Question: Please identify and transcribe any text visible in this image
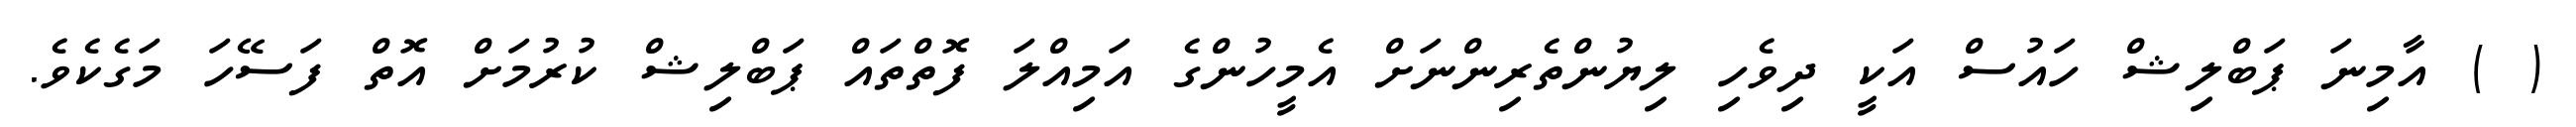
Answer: ( ) އާމިނަ ޕަބްލިޝް ހައުސް އަކީ ދިވެހި ލިޔުންތެރިންނަށް އެމީހުންގެ އަމިއްލަ ފޮތްތައް ޕަބްލިޝް ކުރުމަށް އޮތް ފަސޭހަ މަގެކެވެ.